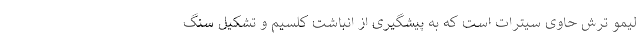
لیمو ترش حاوی سیترات است که به پیشگیری از انباشت کلسیم و تشکیل سنگ